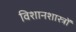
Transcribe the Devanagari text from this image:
विशानशास्त्रों